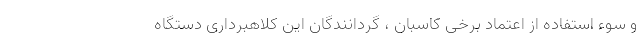
و سوء استفاده از اعتماد برخی کاسبان ، گردانندگان این کلاهبرداری دستگاه